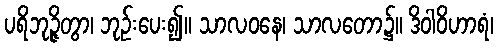
ပရိဘုဉ္ဇိတွာ၊ ဘုဉ်းပေး၍။ သာလဝနေ၊ သာလတော၌။ ဒိဝါဝိဟာရံ၊